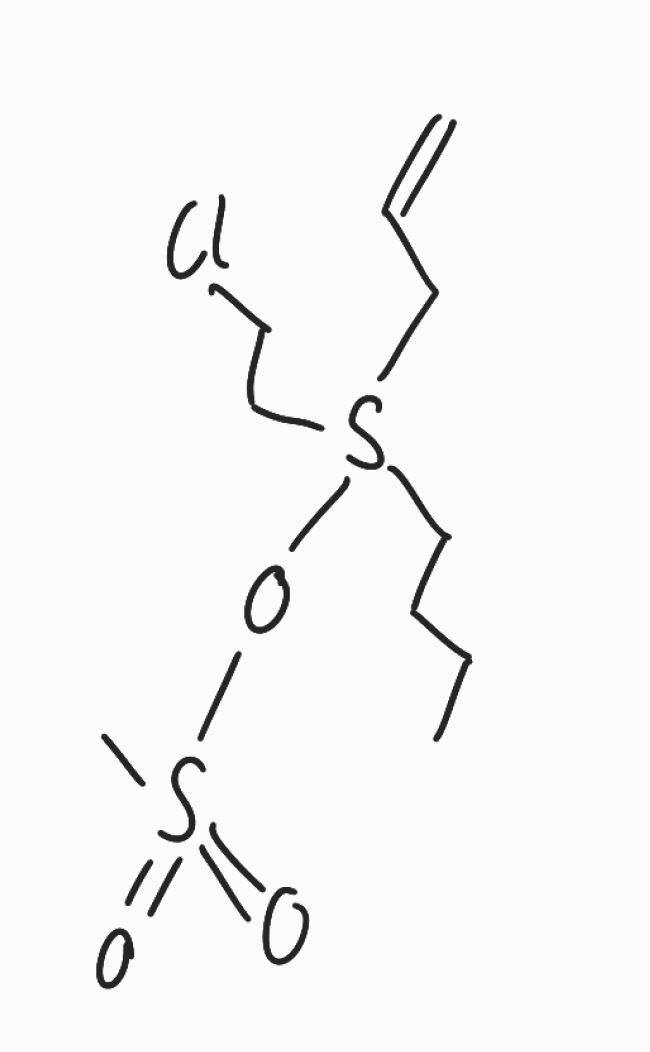
Simplified molecular-input line-entry system (SMILES) notation of the given molecule:
CCCCS(CCCl)(CC=C)OS(=O)(=O)C